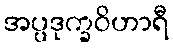
အပ္ပဒုက္ခဝိဟာရီ